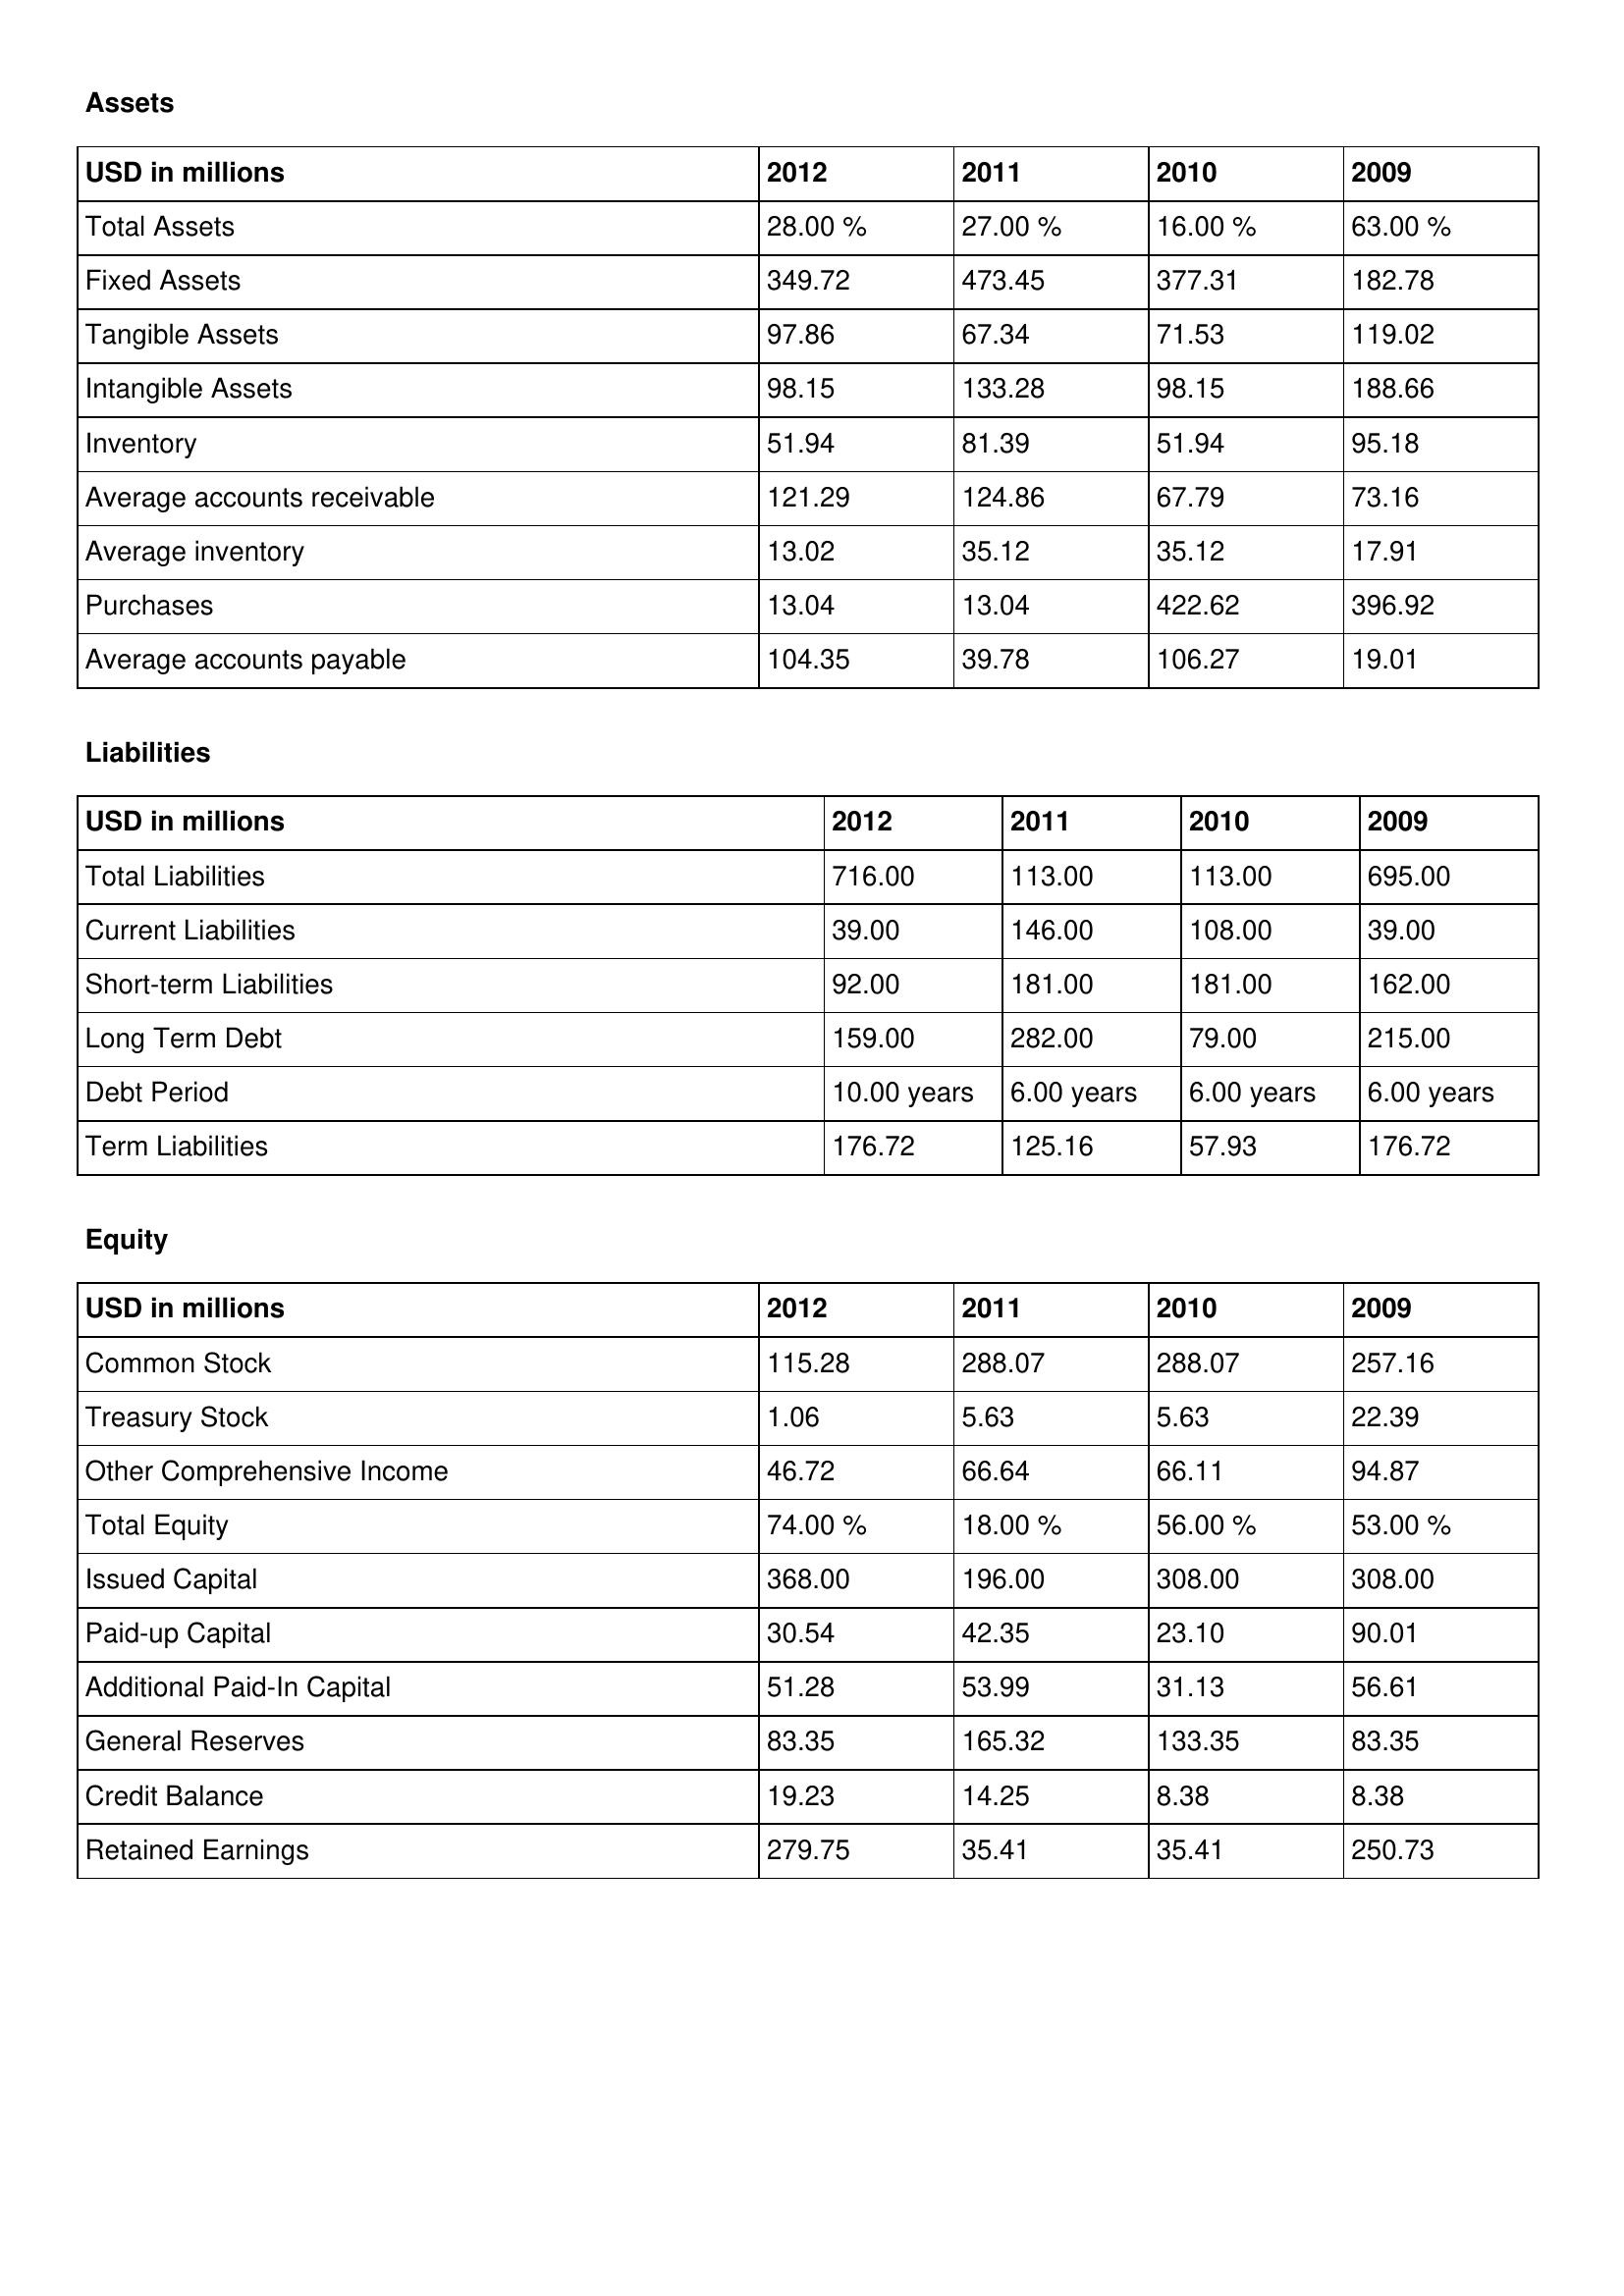
gt_parse: 2012: Assets: Total Assets: 28.00 %
Fixed Assets: 349.72
Tangible Assets: 97.86
Intangible Assets: 98.15
Inventory: 51.94
Average accounts receivable: 121.29
Average inventory: 13.02
Purchases: 13.04
Average accounts payable: 104.35
Liabilities: Total Liabilities: 716.00
Current Liabilities: 39.00
Short-term Liabilities: 92.00
Long Term Debt: 159.00
Debt Period: 10.00 years
Term Liabilities: 176.72
Equity: Common Stock: 115.28
Treasury Stock: 1.06
Other Comprehensive Income: 46.72
Total Equity: 74.00 %
Issued Capital: 368.00
Paid-up Capital: 30.54
Additional Paid-In Capital: 51.28
General Reserves: 83.35
Credit Balance: 19.23
Retained Earnings: 279.75
2011: Assets: Total Assets: 27.00 %
Fixed Assets: 473.45
Tangible Assets: 67.34
Intangible Assets: 133.28
Inventory: 81.39
Average accounts receivable: 124.86
Average inventory: 35.12
Purchases: 13.04
Average accounts payable: 39.78
Liabilities: Total Liabilities: 113.00
Current Liabilities: 146.00
Short-term Liabilities: 181.00
Long Term Debt: 282.00
Debt Period: 6.00 years
Term Liabilities: 125.16
Equity: Common Stock: 288.07
Treasury Stock: 5.63
Other Comprehensive Income: 66.64
Total Equity: 18.00 %
Issued Capital: 196.00
Paid-up Capital: 42.35
Additional Paid-In Capital: 53.99
General Reserves: 165.32
Credit Balance: 14.25
Retained Earnings: 35.41
2010: Assets: Total Assets: 16.00 %
Fixed Assets: 377.31
Tangible Assets: 71.53
Intangible Assets: 98.15
Inventory: 51.94
Average accounts receivable: 67.79
Average inventory: 35.12
Purchases: 422.62
Average accounts payable: 106.27
Liabilities: Total Liabilities: 113.00
Current Liabilities: 108.00
Short-term Liabilities: 181.00
Long Term Debt: 79.00
Debt Period: 6.00 years
Term Liabilities: 57.93
Equity: Common Stock: 288.07
Treasury Stock: 5.63
Other Comprehensive Income: 66.11
Total Equity: 56.00 %
Issued Capital: 308.00
Paid-up Capital: 23.10
Additional Paid-In Capital: 31.13
General Reserves: 133.35
Credit Balance: 8.38
Retained Earnings: 35.41
2009: Assets: Total Assets: 63.00 %
Fixed Assets: 182.78
Tangible Assets: 119.02
Intangible Assets: 188.66
Inventory: 95.18
Average accounts receivable: 73.16
Average inventory: 17.91
Purchases: 396.92
Average accounts payable: 19.01
Liabilities: Total Liabilities: 695.00
Current Liabilities: 39.00
Short-term Liabilities: 162.00
Long Term Debt: 215.00
Debt Period: 6.00 years
Term Liabilities: 176.72
Equity: Common Stock: 257.16
Treasury Stock: 22.39
Other Comprehensive Income: 94.87
Total Equity: 53.00 %
Issued Capital: 308.00
Paid-up Capital: 90.01
Additional Paid-In Capital: 56.61
General Reserves: 83.35
Credit Balance: 8.38
Retained Earnings: 250.73